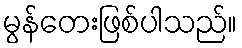
မွန်တေးဖြစ်ပါသည်။